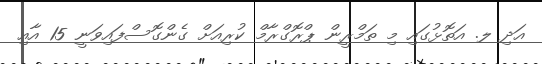
އަދި ލ. އަތޮޅުގައި މި ތަމްރީން ޕްރޮގްރާމް ކުރިއަށް ގެންގޮސްފައިވަނީ 15 އާއި